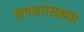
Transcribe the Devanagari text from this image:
लगभगसमाप्त